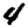
Digit: 4